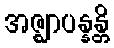
အဇ္ဈာပန္နန္တိ